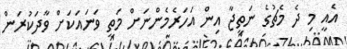
އެއީ މި ދެ މެޗުގެ ނަތީޖާ އިން އަހަރެެމެންނަށް މަތީ ވަނައަކަށް ވާދަކުރަން